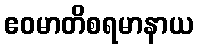
ဧဝမာတိစရမာနာယ